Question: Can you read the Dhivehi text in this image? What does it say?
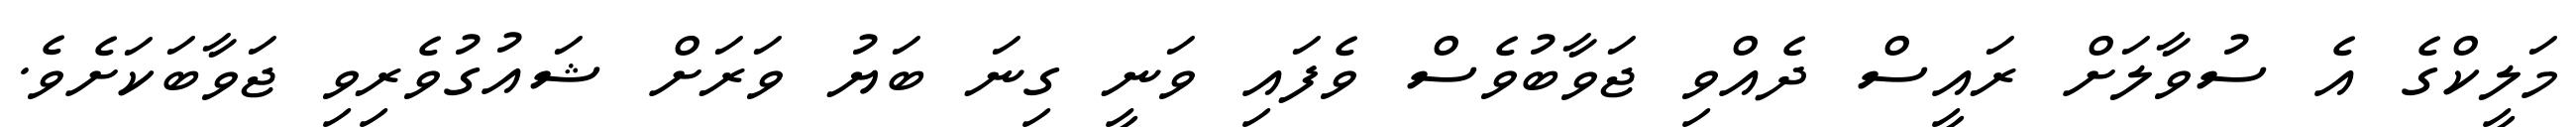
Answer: މަލީކްގެ އެ ސުވާލަށް ރައީސް ދެއްވި ޖަވާބުވެސް ވެފައި ވަނީ ގިނަ ބަޔު ވަރަށް ޝައުގުވެރިވި ޖަވާބަކަށެވެ.